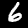
Digit: 6